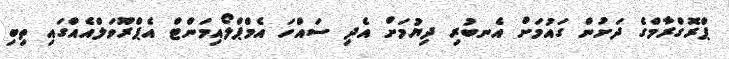
ޕްރޮގްރާމްގެ ދަށުން ގައުމަށް އެނބުރި ދިޔުމަށް އެދި ސައްހަ އެމްޕްލޯއިމަންޓް އެޕްރޫވަލްއެއްގައި ތިބި